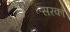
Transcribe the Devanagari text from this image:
सरको